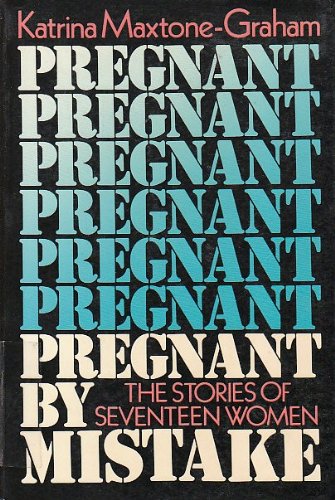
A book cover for Pregnant by Mistake: The Stories of Seventeen Women; Katrina Maxtone-Graham; Politics & Social Sciences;